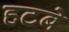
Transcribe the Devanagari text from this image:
हटबे